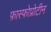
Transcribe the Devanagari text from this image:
फ़ास्फोप्रोटीन